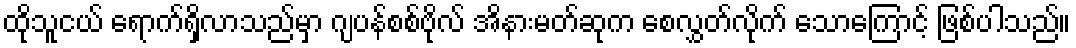
ထိုသူငယ် ရောက်ရှိလာသည်မှာ ဂျပန်စစ်ဗိုလ် အိနားမတ်ဆုက စေလွှတ်လိုက် သောကြောင့် ဖြစ်ပါသည်။